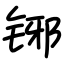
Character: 铘